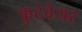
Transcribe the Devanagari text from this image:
फुटवेयर